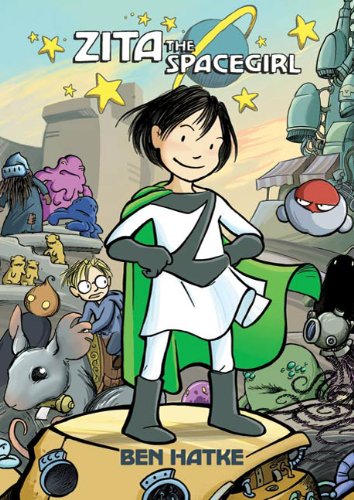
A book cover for Zita the Spacegirl (Zita the Spacegirl Series); Ben Hatke; Comics & Graphic Novels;